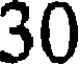
30